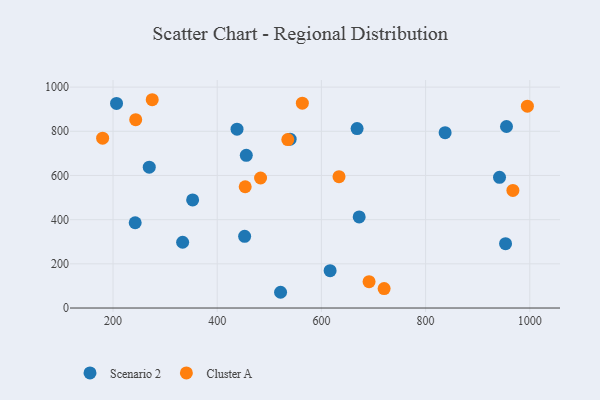
{"axis": {"x": "Study Hours", "y": "Fuel Efficiency"}, "legend": ["Cluster A", "Scenario 2"], "data": [{"x": "452.6", "y": 324.6, "type": "Scenario 2"}, {"x": "269.5", "y": 637.5, "type": "Scenario 2"}, {"x": "206.7", "y": 926.2, "type": "Scenario 2"}, {"x": "352.8", "y": 489.2, "type": "Scenario 2"}, {"x": "941.9", "y": 591.5, "type": "Scenario 2"}, {"x": "333.6", "y": 297.8, "type": "Scenario 2"}, {"x": "616.7", "y": 169.1, "type": "Scenario 2"}, {"x": "540.0", "y": 764.4, "type": "Scenario 2"}, {"x": "837.5", "y": 793.9, "type": "Scenario 2"}, {"x": "242.5", "y": 386.1, "type": "Scenario 2"}, {"x": "953.5", "y": 291.2, "type": "Scenario 2"}, {"x": "438.0", "y": 809.4, "type": "Scenario 2"}, {"x": "668.5", "y": 812.4, "type": "Scenario 2"}, {"x": "672.5", "y": 412.6, "type": "Scenario 2"}, {"x": "955.3", "y": 821.8, "type": "Scenario 2"}, {"x": "521.6", "y": 71.3, "type": "Scenario 2"}, {"x": "455.8", "y": 691.4, "type": "Scenario 2"}, {"x": "483.2", "y": 588.6, "type": "Cluster A"}, {"x": "633.8", "y": 594.6, "type": "Cluster A"}, {"x": "563.4", "y": 927.4, "type": "Cluster A"}, {"x": "535.5", "y": 762.7, "type": "Cluster A"}, {"x": "243.5", "y": 852.6, "type": "Cluster A"}, {"x": "275.2", "y": 942.9, "type": "Cluster A"}, {"x": "453.7", "y": 548.9, "type": "Cluster A"}, {"x": "720.4", "y": 88.0, "type": "Cluster A"}, {"x": "180.0", "y": 769.0, "type": "Cluster A"}, {"x": "967.6", "y": 532.5, "type": "Cluster A"}, {"x": "995.4", "y": 913.5, "type": "Cluster A"}, {"x": "691.5", "y": 119.4, "type": "Cluster A"}]}